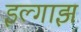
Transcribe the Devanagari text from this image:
इल्गाझ